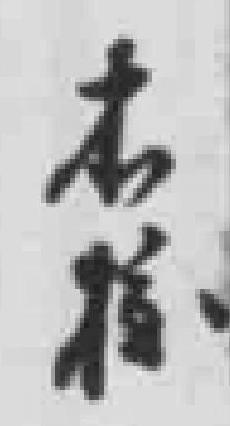
本校